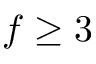
f \geq 3